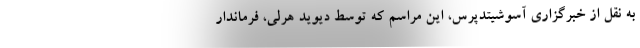
به نقل از خبرگزاری آسوشیتدپرس، این مراسم که توسط دیوید هرلی، فرماندار